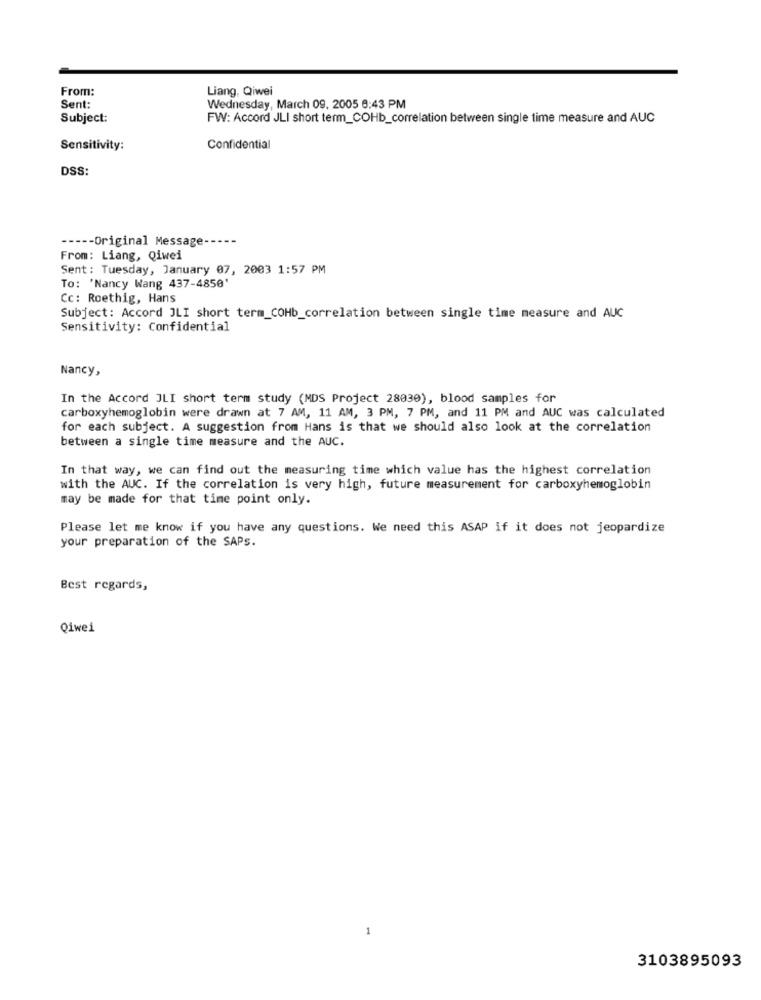
From:
Liang, Qiwei
Sent:
Wednesday, March 09, 2005 8:43 PM
Subject:
FW: Accord JLI short term_COHb_correlation between single time measure and AUC
Sensitivity:
Confidential
DSS:
----- Original Message.
From: Liang, Qiwei
Sent: Tuesday, January 07, 2003 1:57 PM
To: 'Nancy Wang 437-4850'
Cc: Roethig, Hans
Subject: Accord JLI short term_COHb_correlation between single time measure and AUC
Sensitivity: Confidential
Nancy,
In the Accord JLI short term study (MDS Project 28030), blood samples for
carboxyhemoglobin were drawn at 7 AM, 11 AM, 3 PM, 7 PM, and 11 PM and AUC was calculated
for each subject. A suggestion from Hans is that we should also look at the correlation
between a single time measure and the AUC.
In that way, we can find out the measuring time which value has the highest correlation
with the AUC. If the correlation is very high, future measurement for carboxyhemoglobin
may be made for that time point only.
Please let me know if you have any questions. We need this ASAP if it does not jeopardize
your preparation of the SAPs.
Best regards,
Qiwei
3103895093